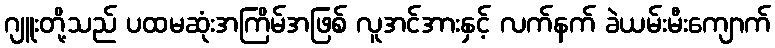
ဂျူးတို့သည် ပထမဆုံးအကြိမ်အဖြစ် လူအင်အားနှင့် လက်နက် ခဲယမ်းမီးကျောက်